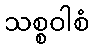
သစ္စဝါစံ